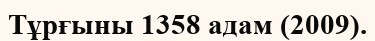
Тұрғыны 1358 адам (2009).